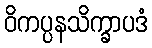
ဝိကပ္ပနသိက္ခာပဒံ